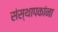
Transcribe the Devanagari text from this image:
संस्थापकांना